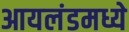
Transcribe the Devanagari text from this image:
आयलंडमध्ये